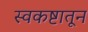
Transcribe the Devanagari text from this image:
स्वकष्टातून